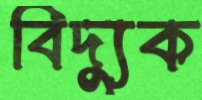
বিদ্যুক